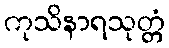
ကုသိနာရသုတ္တံ